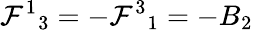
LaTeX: \mathcal{F}^{1}{}_{3}=-\mathcal{F}^{3}{}_{1}=-B_{2}